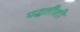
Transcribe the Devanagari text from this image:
पद्धतींशी